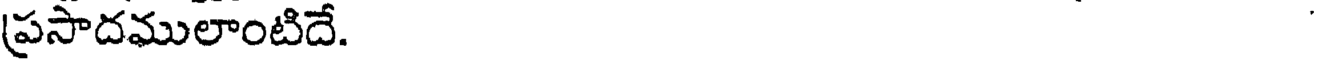
ప్రసాదములాంటిదే.